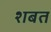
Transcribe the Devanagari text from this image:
शबत